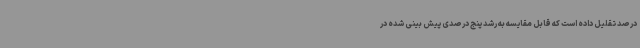
درصد تقلیل داده است که قابل مقایسه به رشد پنج درصدی پیش بینی شده در